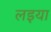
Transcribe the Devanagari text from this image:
लइया